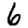
Digit: 6